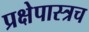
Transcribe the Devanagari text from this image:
प्रक्षेपास्त्रच